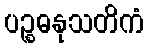
ပဉ္စဓနုသတိကံ